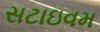
સટાઇવમ